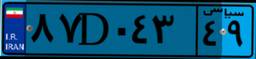
۴۲D۳۹۰۰۰